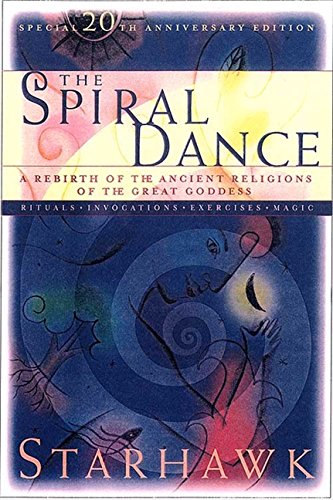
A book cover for The Spiral Dance: A Rebirth of the Ancient Religion of the Goddess: 20th Anniversary Edition; Starhawk; Religion & Spirituality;